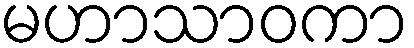
မဟာသာဝကာ